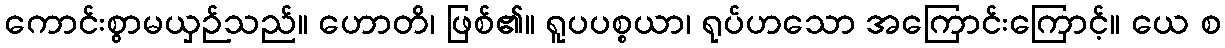
ကောင်းစွာမယှဉ်သည်။ ဟောတိ၊ ဖြစ်၏။ ရူပပစ္စယာ၊ ရုပ်ဟသော အကြောင်းကြောင့်။ ယေ စ